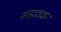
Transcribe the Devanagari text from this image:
महाठक